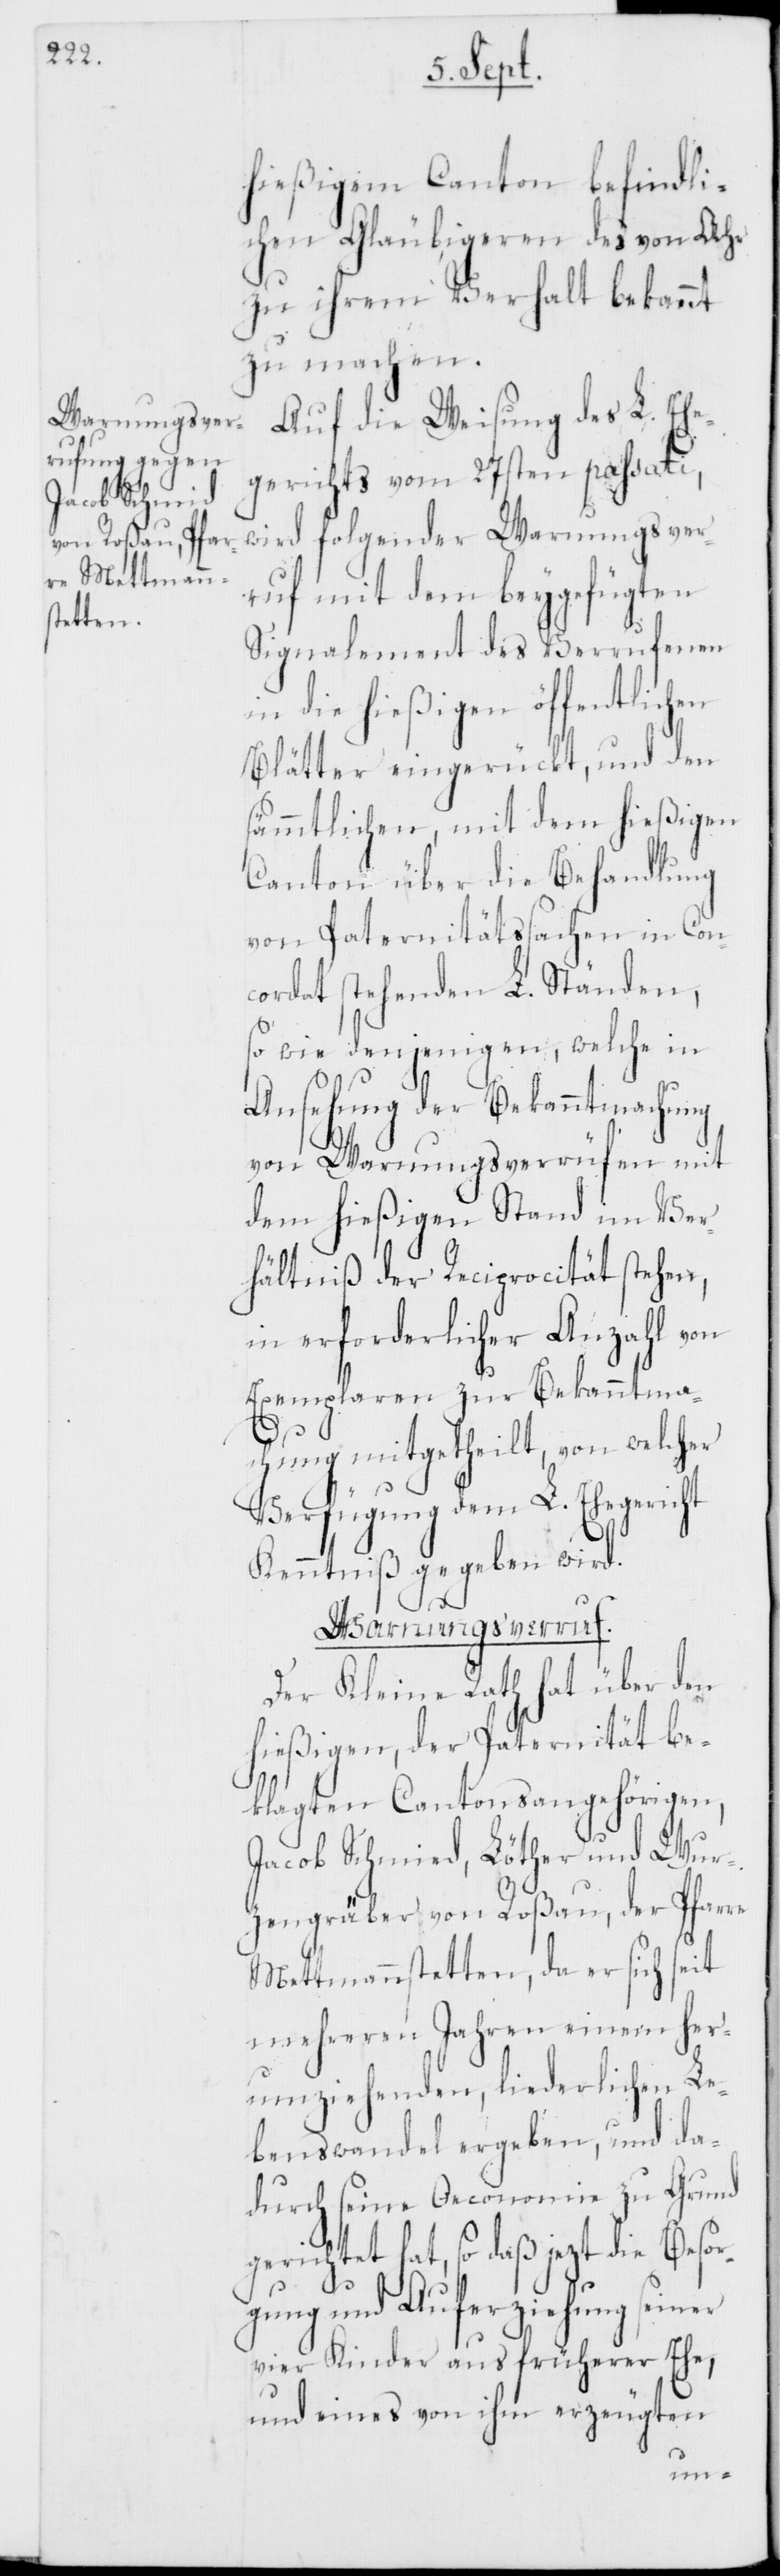
hießigem Canton befindli¬
chen Gläubigeren des von Ahr
zu ihrem Verhalt bekannt
zu machen.
Auf die Weisung des L. Ehe¬
gerichts vom 27sten passati,
wird folgender Warnungsver¬
ruf mit dem beygefügten
Signalement des Verrufenen
in die hießigen öffentlichen
Blätter eingerückt, und den
sämmtlichen mit dem hießigen
Canton über die Behandlung
von Paternitätssachen in Con¬
cordat stehenden L. Ständen,
so wie denjenigen, welche in
Ansehung der Bekanntmachung
von Warnungsverrüfen mit
dem hießigen Stand im Ver¬
hältniß der Reciprocität stehen,
in erforderlicher Anzahl von
Exemplaren zur Bekanntma¬
chung mitgetheilt, von welcher
Verfügung dem L. Ehegericht
Kenntniß gegeben wird.
Warnungsverruf.
Der Kleine Rath hat über den
hießigen, der Paternität be¬
klagten Cantonsangehörigen,
Jacob Schmid, Löther und Wur¬
zengräber von Roßau, der Pfarre
Mettmannstetten, da er sich seit
mehreren Jahren einem her¬
umziehenden, liederlichen Le¬
benswandel ergeben, und da¬
durch seine Oeconomie zu Grund
gerichtet hat, so daß jezt die Besor¬
gung und Auferziehung seiner
vier Kinder aus früherer Ehe,
und eines von ihm erzeugten